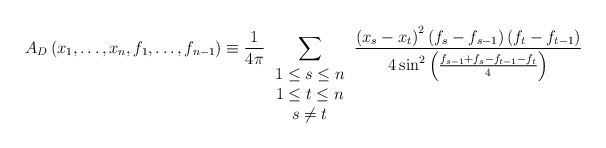
\begin{align*}A_D\left(x_1,\ldots,x_n,f_1,\ldots,f_{n-1}\right)\equiv\frac{1}{4\pi}\sum_{\begin{array}{c}1\leq s\leq n \\ 1\leq t\leq n \\ s\neq t\end{array}}\frac{\left(x_s-x_t\right)^2\left(f_s-f_{s-1}\right)\left(f_t-f_{t-1}\right)}{4\sin^2\left(\frac{f_{s-1}+f_s-f_{t-1}-f_t}{4}\right)}\end{align*}